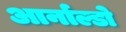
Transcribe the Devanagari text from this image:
आर्नाल्डो